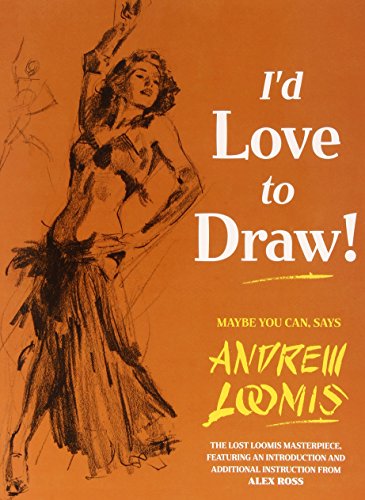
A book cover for I'd Love to Draw; Arts & Photography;